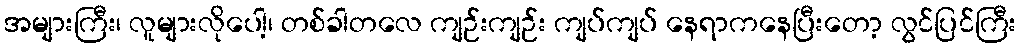
အများကြီး၊ လူများလိုပေါ့၊ တစ်ခါတလေ ကျဉ်းကျဉ်း ကျပ်ကျပ် နေရာကနေပြီးတော့ လွင်ပြင်ကြီး